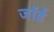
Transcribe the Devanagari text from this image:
जाॅर्ड